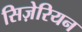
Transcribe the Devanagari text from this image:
सिज़ेरियन